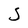
Character: S